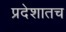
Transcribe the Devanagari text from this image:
प्रदेशातच